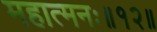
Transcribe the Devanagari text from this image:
महात्मनः॥१२॥